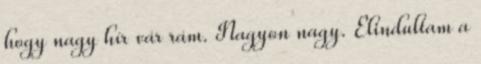
hogy nagy hír vár rám. Nagyon nagy. Elindultam a